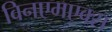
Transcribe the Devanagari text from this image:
विनएमएक्स